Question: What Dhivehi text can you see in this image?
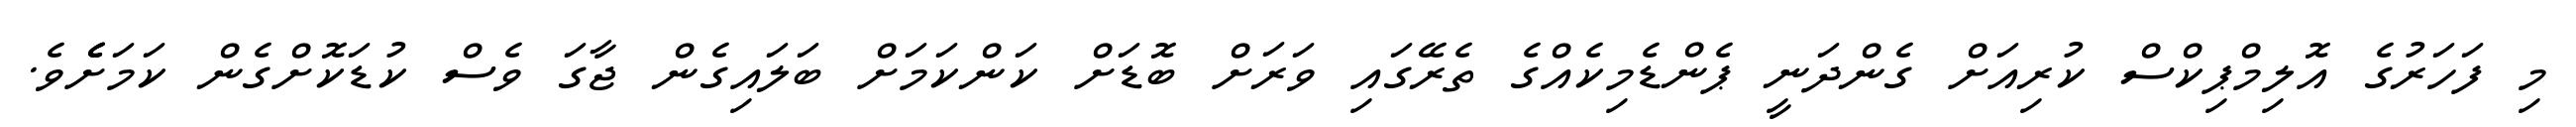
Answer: މި ފަހަރުގެ އޮލިމްޕިކްސް ކުރިއަށް ގެންދަނީ ޕެންޑެމިކެއްގެ ތެރޭގައި ވަރަށް ބޮޑަށް ކަންކަމަށް ބަލައިގެން ޖާގަ ވެސް ކުޑަކޮށްގެން ކަމަށެެެވެ.